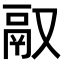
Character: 𬴲